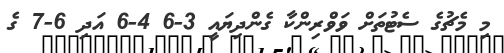
މި މެޗުގެ ސެޓުތަށް ވަވްރިންކާ ގެންދިޔައީ 3-6 4-6 އަދި 6-7 ގެ